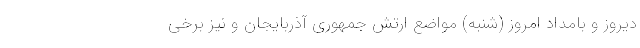
دیروز و بامداد امروز (شنبه) مواضع ارتش جمهوری آذربایجان و نیز برخی